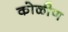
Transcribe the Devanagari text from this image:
कोळीण